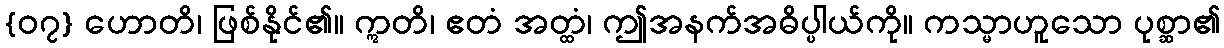
{၀၇} ဟောတိ၊ ဖြစ်နိုင်၏။ ဣတိ၊ ဧတံ အတ္ထံ၊ ဤအနက်အဓိပ္ပါယ်ကို။ ကသ္မာဟူသော ပုစ္ဆာ၏